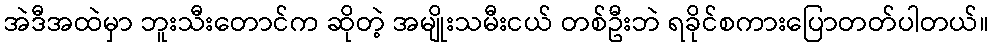
အဲဒီအထဲမှာ ဘူးသီးတောင်က ဆိုတဲ့ အမျိုးသမီးငယ် တစ်ဦးဘဲ ရခိုင်စကားပြောတတ်ပါတယ်။